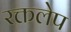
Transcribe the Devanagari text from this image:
रक्तलेप